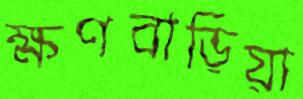
ক্ষণবাড়িয়া